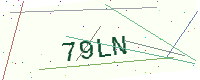
Text: 79LN